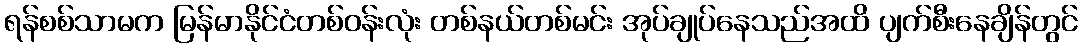
ရန်စစ်သာမက မြန်မာနိုင်ငံတစ်ဝန်းလုံး တစ်နယ်တစ်မင်း အုပ်ချုပ်နေသည်အထိ ပျက်စီးနေချိန်တွင်